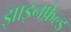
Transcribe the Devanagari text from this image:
झाइनफेल्ड